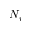
N _ { r }